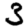
Digit: 3